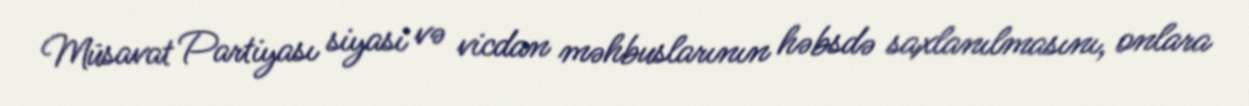
Müsavat Partiyası siyasi və vicdan məhbuslarının həbsdə saxlanılmasını, onlara